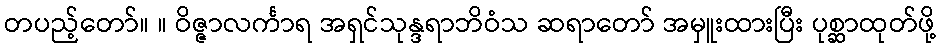
တပည့်တော်။ ။ ဝိဇ္ဇာလင်္ကာရ အရှင်သုန္ဒရာဘိဝံသ ဆရာတော် အမှူးထားပြီး ပုစ္ဆာထုတ်ဖို့